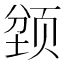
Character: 𲊽